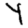
Digit: 4